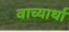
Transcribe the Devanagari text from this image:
वाच्यार्था